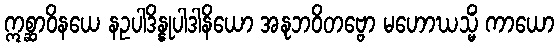
ဣစ္ဆာဝိနယေ နဥပါဒိန္နုပါဒါနိယော အနုဘဝိတဗ္ဗော မဟောဃသ္မိံ ကာယော